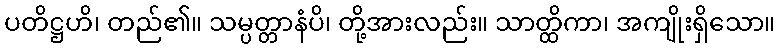
ပတိဋ္ဌဟိ၊ တည်၏။ သမ္ပတ္တာနံပိ၊ တို့အားလည်း။ သာတ္ထိကာ၊ အကျိုးရှိသော။